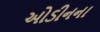
ઓડીનના